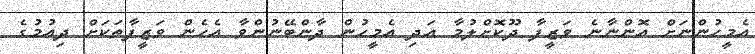
އެމީހުންނަށް އޮންނާނެ ވަޒީފާ ދޫކޮށްލުމާ އަދި އެމީހުން ދާންބޭނުންވާ އެހެން ވަޒީފާތަކަށް ދިއުމުގެ